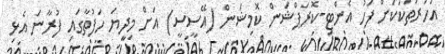
އަހަރުތަކަކަށް ފަހު އެންޓި-ކޮރަޕްޝަން ކޮމިޝަން (އޭސީސީ) އަށް މިދިޔަ ހަފުތާގައި ފުރާނަ އެޅި